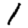
Digit: 1